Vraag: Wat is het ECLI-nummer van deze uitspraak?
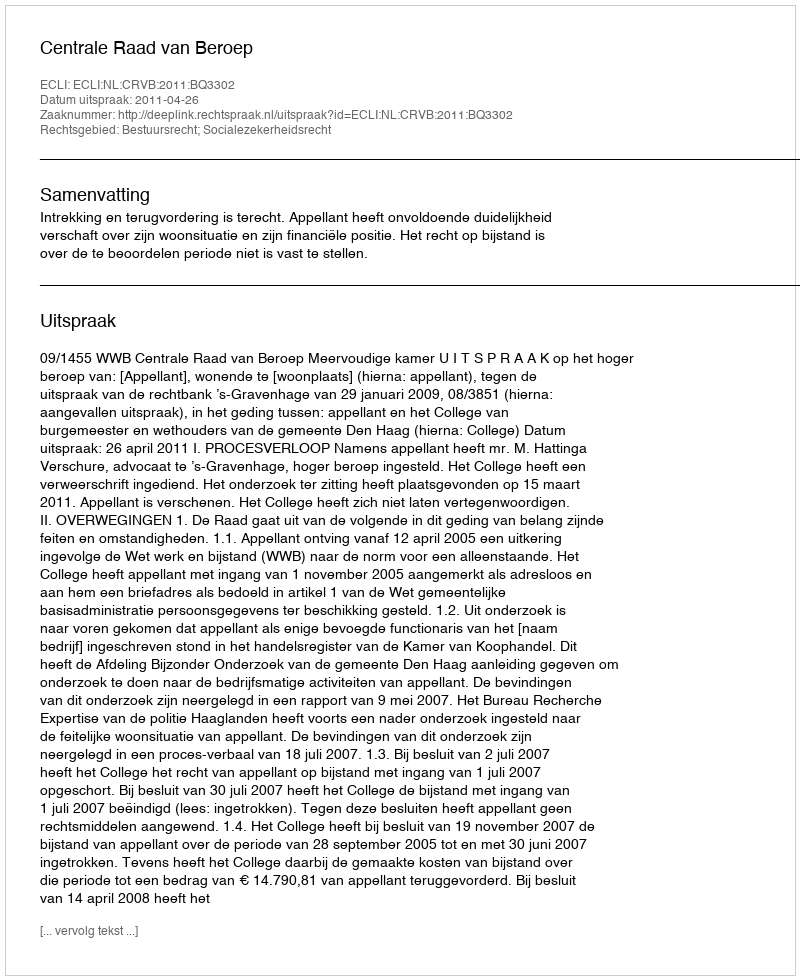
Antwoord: ECLI:NL:CRVB:2011:BQ3302